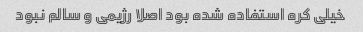
خیلی کره استفاده شده بود اصلا رژیمی و سالم نبود